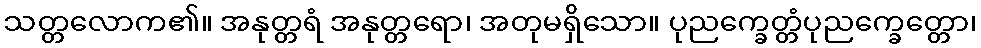
သတ္တလောက၏။ အနုတ္တရံ အနုတ္တရော၊ အတုမရှိသော။ ပုညက္ခေတ္တံပုညက္ခေတ္တော၊